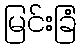
မြင်းခြံ